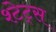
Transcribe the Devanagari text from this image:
श्टेट्स